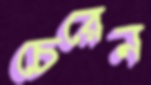
চেরেন